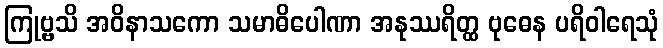
ကြုဗ္ဗသိ အဝိနာသကော သမာဓိပေါဏာ အနုဿရိတ္ထ ဗုဓေန ပရိဝါရေသုံ